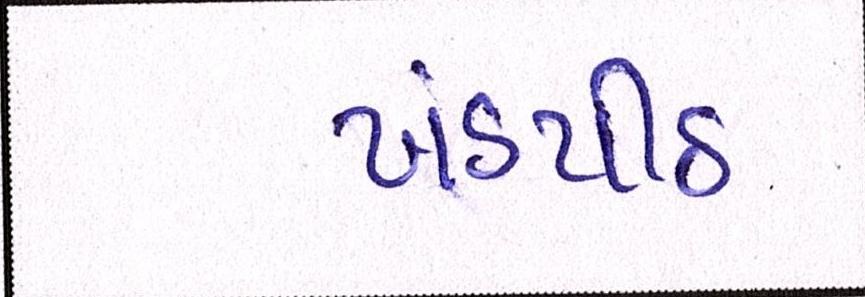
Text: ખંડપીઠ